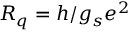
R _ { q } = h / g _ { s } e ^ { 2 }